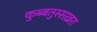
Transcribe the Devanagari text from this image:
कुब्बतुस्सख़रा